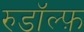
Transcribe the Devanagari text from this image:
रुडॉल्फ़